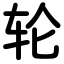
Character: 轮